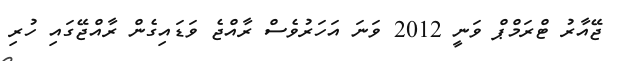
ޖޭއާރު ޓްރަމްޕް ވަނީ 2012 ވަނަ އަަހަރުވެސް ރާއްޖެ ވަޑައިގެން ރާއްޖޭގައި ހުރި